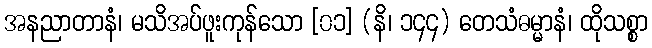
အနညာတာနံ၊ မသိအပ်ဖူးကုန်သော [၀၁] (နိ၊ ၁၄၄) တေသံဓမ္မာနံ၊ ထိုသစ္စာ